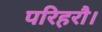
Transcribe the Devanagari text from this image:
परिहरौ।